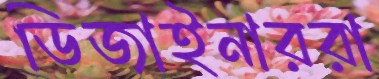
ডিজাইনাররা